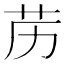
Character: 苈